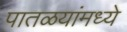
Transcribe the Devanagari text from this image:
पातळयांमध्ये